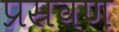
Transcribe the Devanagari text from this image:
प्रस्रवण